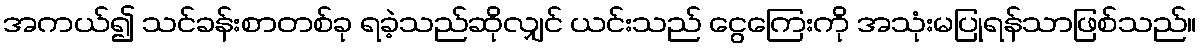
အကယ်၍ သင်ခန်းစာတစ်ခု ရခဲ့သည်ဆိုလျှင် ယင်းသည် ငွေကြေးကို အသုံးမပြုရန်သာဖြစ်သည်။